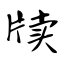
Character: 牍